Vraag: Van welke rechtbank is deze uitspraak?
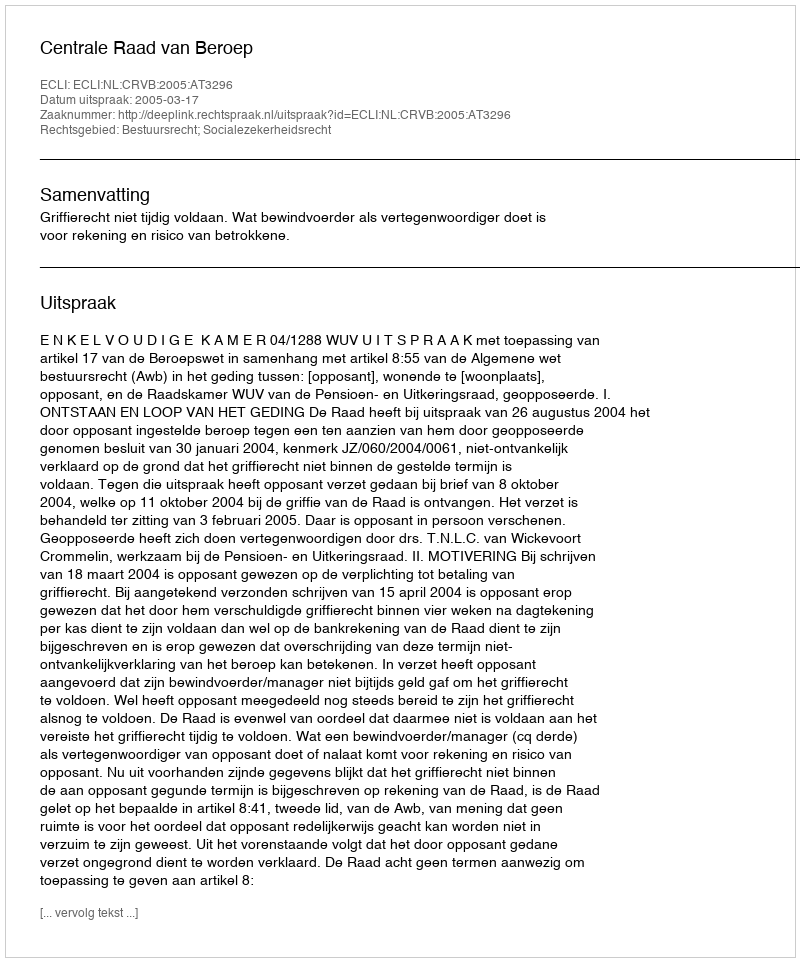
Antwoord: Centrale Raad van Beroep